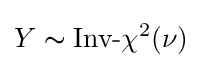
Y\thicksim {\text{Inv-}}\chi ^{2}(\nu )